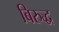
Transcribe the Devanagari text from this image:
बिरुद्ध